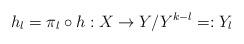
LaTeX: \begin{align*}h_l=\pi_l\circ h: X\rightarrow Y/Y^{k-l}=:Y_l\end{align*}